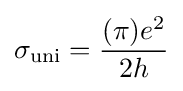
\sigma _{\text{uni}}={\frac {(\pi )e^{2}}{2h}}